Civil Veterinary Department ledger series I-VI
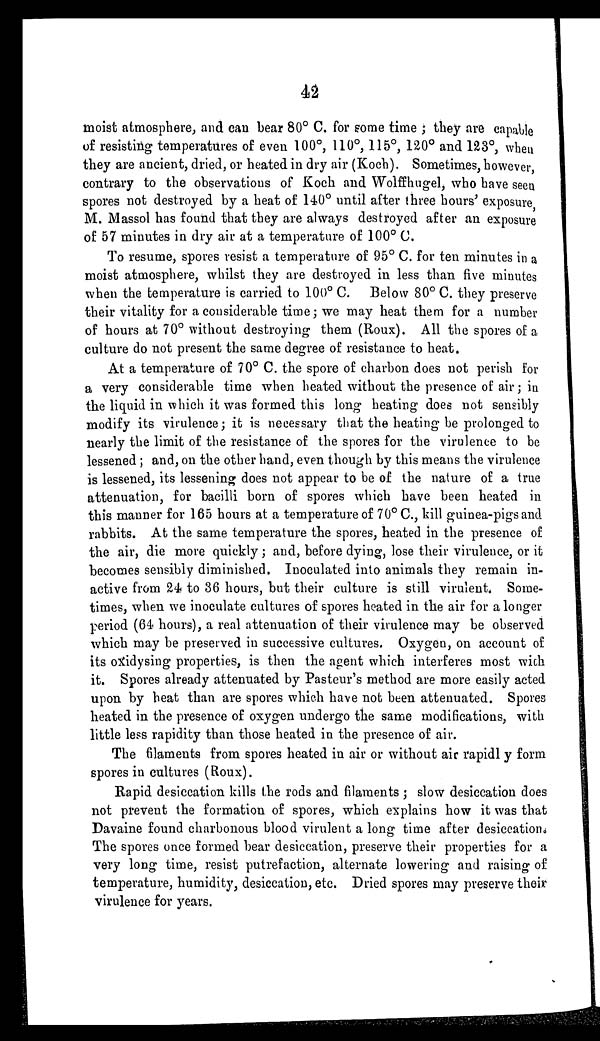
42
moist atmosphere, and can bear 80º C. for some time; they are capable
of resisting temperatures of even 100º, 110º, 115º, 120º and 123º, when
they are ancient, dried, or heated in dry air (Koch). Sometimes, however,
contrary to the observations of Koch and Wolffhugel, who have seen
spores not destroyed by a heat of 140º until after three hours' exposure
M. Massol has found that they are always destroyed after an exposure
of 57 minutes in dry air at a temperature of 100º C.
To resume, spores resist a temperature of 95º C. for ten minutes in a
moist atmosphere, whilst they are destroyed in less than five minutes
when the temperature is carried to 100º C. Below 80º C. they preserve
their vitality for a considerable time; we may heat them for a number
of hours at 70º without destroying them (Roux). All the spores of a
culture do not present the same degree of resistance to heat.
At a temperature of 70º C. the spore of charbon does not perish for
a very considerable time when heated without the presence of air; in
the liquid in which it was formed this long heating does not sensibly
modify its virulence; it is necessary that the heating be prolonged to
nearly the limit of the resistance of the spores for the virulence to be
lessened; and, on the other hand, even though by this means the virulence
is lessened, its lessening does not appear to be of the nature of a true
attenuation, for bacilli born of spores which have been heated in
this manner for 165 hours at a temperature of 70º C., kill guinea-pigs and
rabbits. At the same temperature the spores, heated in the presence of
the air, die more quickly; and, before dying, lose their virulence, or it
becomes sensibly diminished. Inoculated into animals they remain in-
active from 24 to 36 hours, but their culture is still virulent. Some-
times, when we inoculate cultures of spores heated in the air for a longer
period (64 hours), a real attenuation of their virulence may be observed
which may be preserved in successive cultures. Oxygen, on account of
its oxidysing properties, is then the agent which interferes most wich
it. Spores already attenuated by Pasteur's method are more easily acted
upon by heat than are spores which have not been attenuated. Spores
heated in the presence of oxygen undergo the same modifications, with
little less rapidity than those heated in the presence of air.
The filaments from spores heated in air or without air rapidl y form
spores in cultures (Roux).
Rapid desiccation kills the rods and filaments; slow desiecation does
not prevent the formation of spores, which explains how it was that
Davaine found charbonous blood virulent a long time after desiccations
The spores once formed bear desiccation, preserve their properties for a
very long time, resist putrefaction, alternate lowering and raising of
temperature, humidity, desiccation, etc. Dried spores may preserve their
virulence for years.